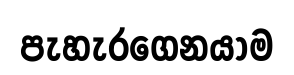
පැහැරගෙනයාම